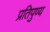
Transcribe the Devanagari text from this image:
प्रतिपुण्य